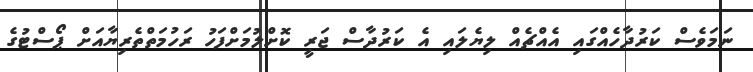
ނަމަވެސް ކަރުދާހެއްގައި އެއްޗެއް ލިޔެލައި އެ ކަރުދާސް ޖަރީ ކޮށްލުމަށްފަހު ރަހުމަތްތެރިޔާއަށް ޕޯސްޓުގެ